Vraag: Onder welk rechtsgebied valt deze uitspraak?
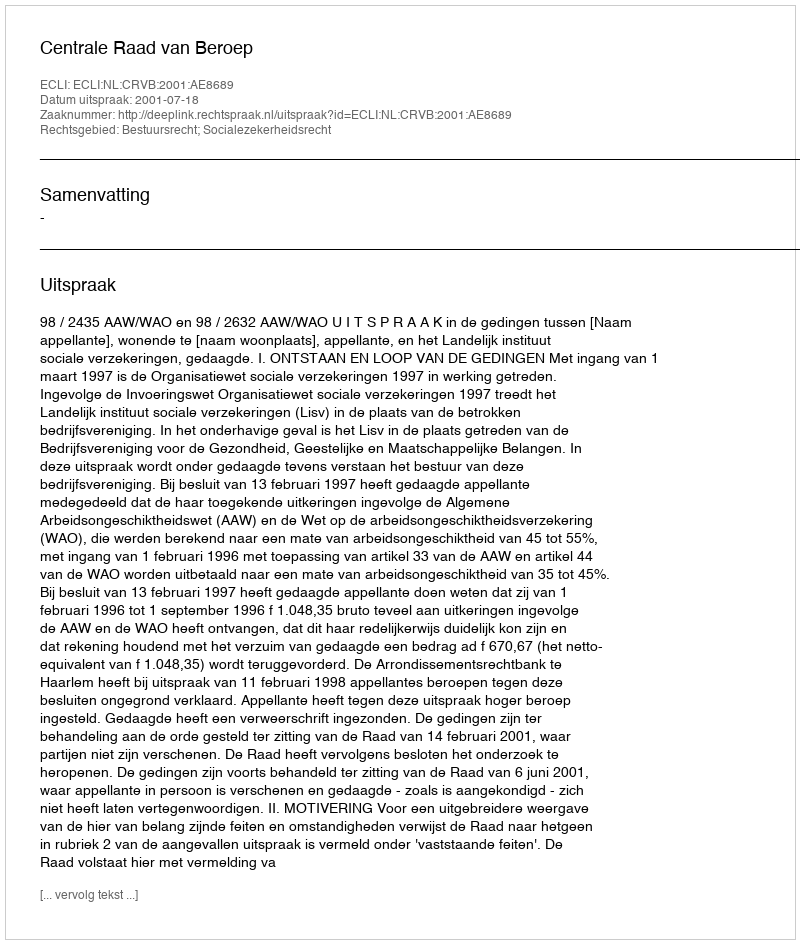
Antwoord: Bestuursrecht; Socialezekerheidsrecht